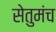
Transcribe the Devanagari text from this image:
सेतुमंच